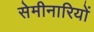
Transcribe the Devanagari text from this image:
सेमीनारियों